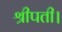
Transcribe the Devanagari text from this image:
श्रीपती।